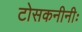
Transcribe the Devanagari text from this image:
टोसकनीनीः